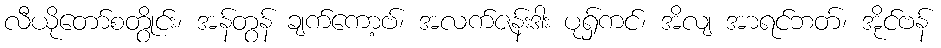
လီယိုတော်စတွိုင်း၊ အန်တွန် ချက်ကော့ဗ်၊ အလက်ဇန်းဒါး ပုရှ်ကင်၊ အိလျ အာရင်ဘတ်၊ အိုင်ဗန်